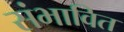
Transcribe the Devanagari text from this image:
संभावित